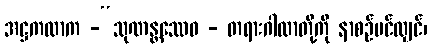
အဋ္ဌကထာက -“သုဏန္တဿေဝ - တရားဂါထာတို့ကို နာစဉ်ပင်လျှင်၊